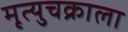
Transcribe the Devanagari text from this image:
मृत्युचक्राला